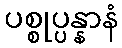
ပစ္စုပ္ပန္နာနံ